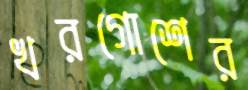
খরগোশের